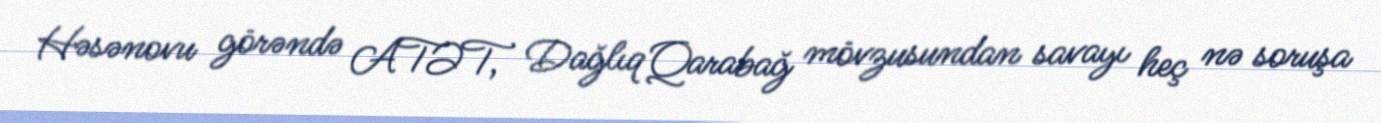
Həsənovu görəndə ATƏT, Dağlıq Qarabağ mövzusundan savayı heç nə soruşa